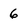
Character: 6